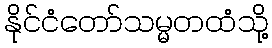
နိုင်ငံတော်သမ္မတထံသို့